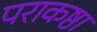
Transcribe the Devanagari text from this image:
पराकष्ठा